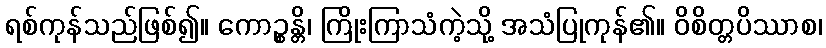
ရစ်ကုန်သည်ဖြစ်၍။ ကောဉ္စန္တိ၊ ကြိုးကြာသံကဲ့သို့ အသံပြုကုန်၏။ ဝိစိတ္တပိဿာစ၊